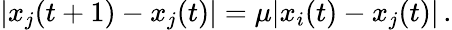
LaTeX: |x_{j}(t+1)-x_{j}(t)|=\mu|x_{i}(t)-x_{j}(t)|\, .